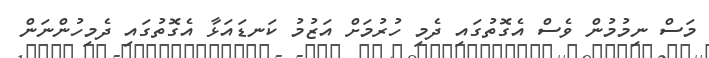
މަސް ނިމުމުން ވެސް އެގޮތުގައި ދެމި ހުރުމަށް އަޒުމު ކަނޑައަޅާ އެގޮތުގައި ދެމިހުންނަން